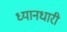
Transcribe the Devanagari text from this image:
ध्यानधारी